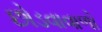
છોડવાવાળો